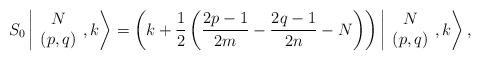
LaTeX: \begin{align*}S_0\left\vert \begin{array}{c} N\\ (p,q) \end{array}, k \right>=\left(k+ \displaystyle\frac{1}{2}\left( \frac{2p-1}{2m}- \frac{2q-1}{2n} -N \right) \right)\left\vert \begin{array}{c} N\\ (p,q) \end{array}, k \right>,\end{align*}